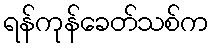
ရန်ကုန်ခေတ်သစ်က